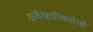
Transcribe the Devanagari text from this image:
अवैचारिकतेची